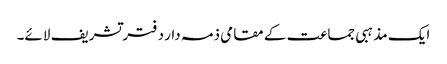
ایک مذہبی جماعت کے مقامی ذمہ دار دفتر تشریف لائے۔